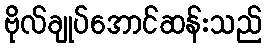
ဗိုလ်ချုပ်အောင်ဆန်းသည်